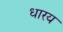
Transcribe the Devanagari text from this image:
धारय